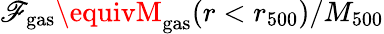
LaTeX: \mathscr{F}_{\mathrm{{gas}}}\equivM_{\mathrm{{gas}}}(r<r_{500})/M_{500}